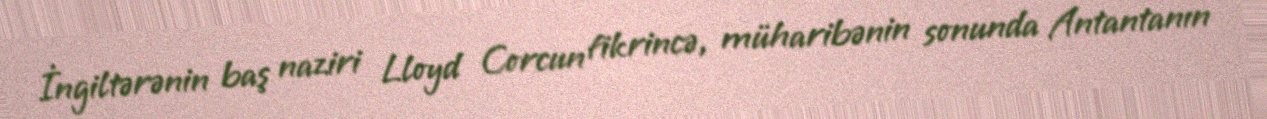
İngiltərənin baş naziri Lloyd Corcun fikrincə, müharibənin sonunda Antantanın